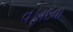
વફાદવા